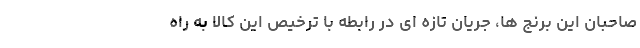
صاحبان این برنج ها، جریان تازه ای در رابطه با ترخیص این کالا به راه